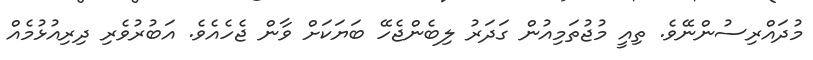
މުދައްރިސުންނޭވެ. ތިއީ މުޖުތަމިއުން ގަދަރު ލިބެންޖެހޭ ބަޔަކަށް ވާން ޖެހެއެވެ. އަބުރުވެރި ދިރިއުޅުމެއް